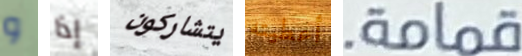
و إذا يتشاركون أعطيته قمامة.